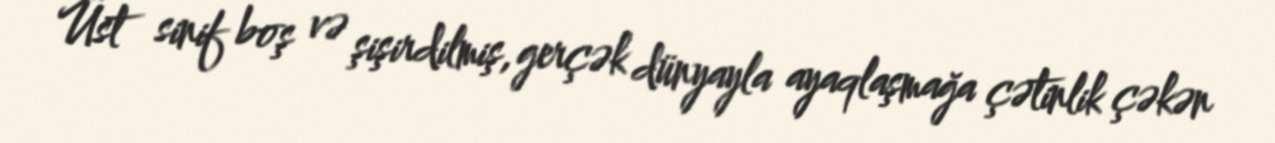
Üst sinif boş və şişirdilmiş, gerçək dünyayla ayaqlaşmağa çətinlik çəkən